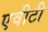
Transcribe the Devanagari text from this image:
एवीटी